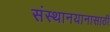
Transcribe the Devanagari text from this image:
संस्थानयानासाठी